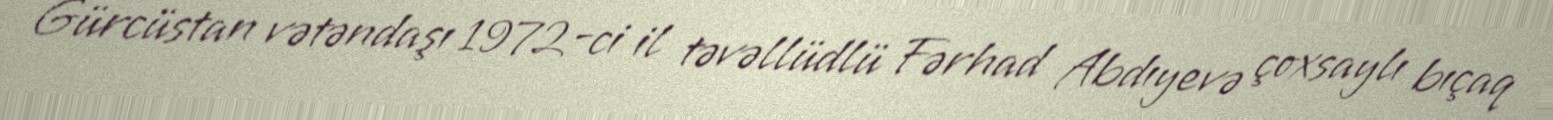
Gürcüstan vətəndaşı 1972-ci il təvəllüdlü Fərhad Abdıyevə çoxsaylı bıçaq